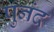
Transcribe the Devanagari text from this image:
पुनंद